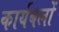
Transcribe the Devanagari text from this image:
कार्यबलों